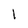
Character: 1